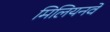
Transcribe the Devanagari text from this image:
मिलियनवें